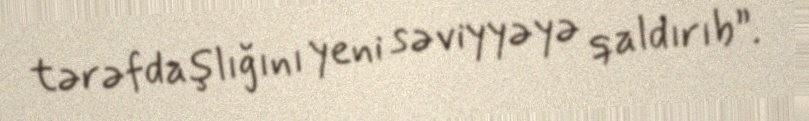
tərəfdaşlığını yeni səviyyəyə qaldırıb”.